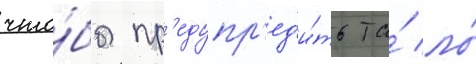
что́бы пр'едупр'ед'и́ть та́ ло́